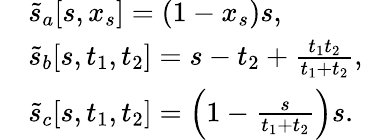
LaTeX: \begin{array}{rlr}&{\tilde{s}_{a}[s,x_{s}]=(1-x_{s})s,}&\\ &{\tilde{s}_{b}[s,t_{1},t_{2}]=s-t_{2}+\frac{t_{1}t_{2}}{t_{1}+t_{2}},}&\\ &{\tilde{s}_{c}[s,t_{1},t_{2}]=\left(1-\frac{s}{t_{1}+t_{2}}\right)s.}&\end{array}